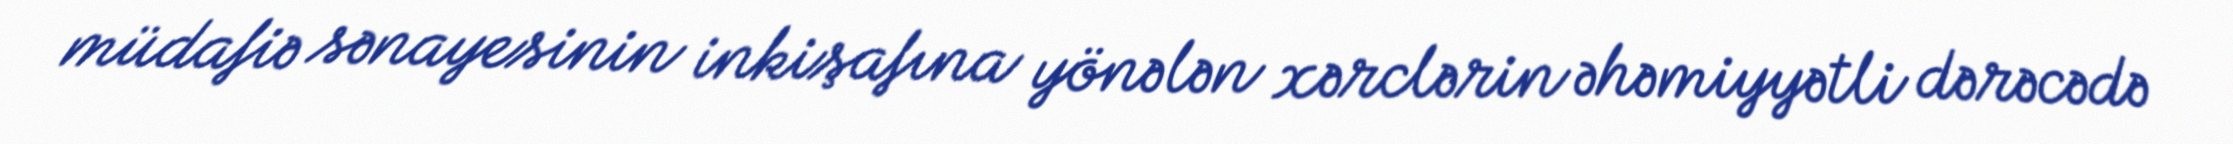
müdafiə sənayesinin inkişafına yönələn xərclərin əhəmiyyətli dərəcədə